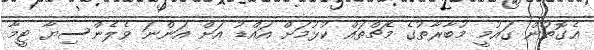
އެގޮތުން ގައުމީ މުބާރާތުގެ މެޗްތައް ކުޅުމަށް އައްޑު އަށް އަންނަ ވެލެންސިޔާ ޓީމާ